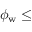
\phi _ { \mathrm { w } } \leq